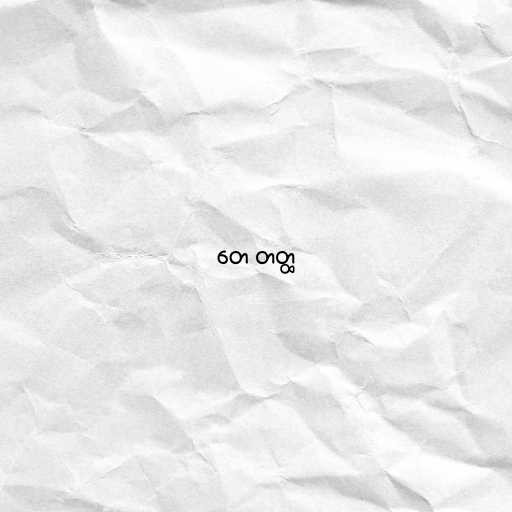
တေ တတ္ထ